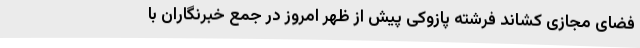
فضای مجازی کشاند فرشته پازوکی پیش از ظهر امروز در جمع خبرنگاران با